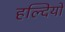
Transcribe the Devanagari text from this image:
हल्दियों